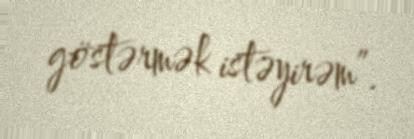
göstərmək istəyirəm”.